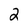
Character: 2